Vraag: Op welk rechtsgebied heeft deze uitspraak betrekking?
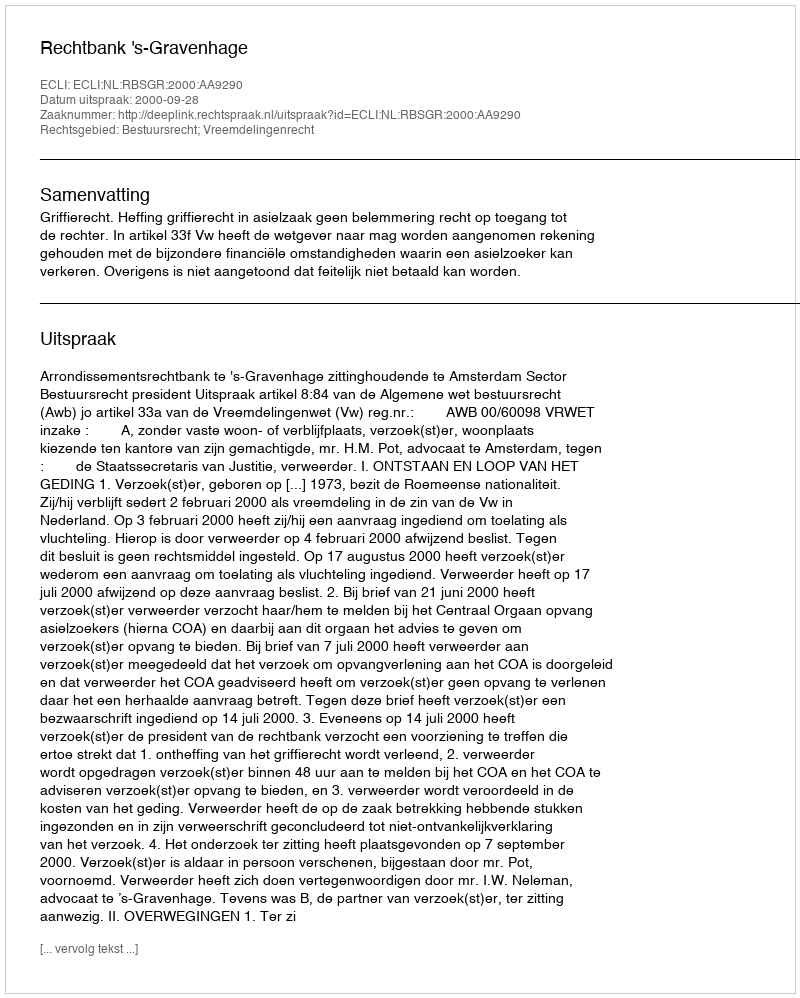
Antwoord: Bestuursrecht; Vreemdelingenrecht